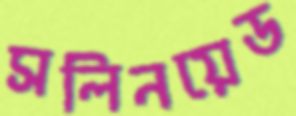
সলিনয়েড